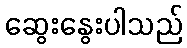
ဆွေးနွေးပါသည်